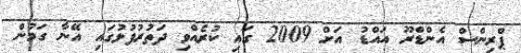
ޕްރިންސް އެންޑްރޫ އައްޑު އަށް 2009 ގައި ކުރެއްވި ދަތުރުފުޅުގައި އޭނާ ގަމުން